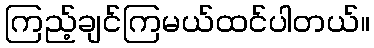
ကြည့်ချင်ကြမယ်ထင်ပါတယ်။